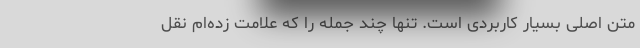
متن اصلی بسیار کاربردی است. تنها چند جمله را که علامت زده‌ام نقل